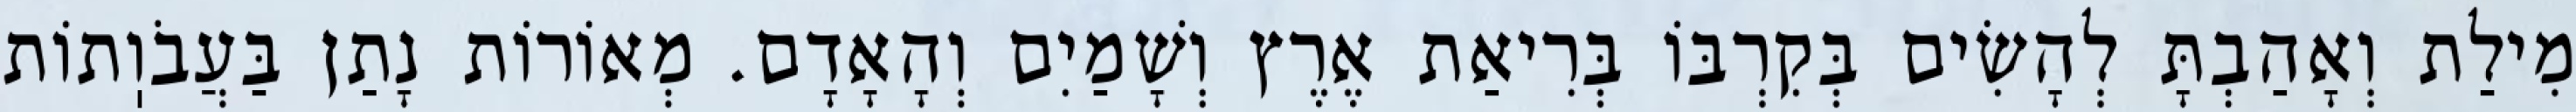
מִילַת וְאָהַבְתָּ לְהָשִׂים בְּקִרְבּוֹ בְּרִיאַת אֶרֶץ וְשָׁמַיִם וְהָאָדָם. מְאוֹרוֹת נָתַן בַּעֲבֹוֽתוֹת